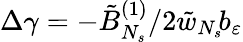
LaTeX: \Delta\gamma=-\tilde{B}_{N_{s}}^{(1)}/2\tilde{w}_{N_{s}}\! b_{\varepsilon}